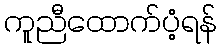
ကူညီထောက်ပံ့ရန်